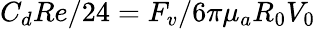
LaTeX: C_{d}Re/24=F_{v}/6{\pi}{\mu}_{a}R_{0}V_{0}